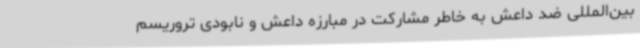
بین‌المللی ضد داعش به خاطر مشارکت در مبارزه داعش و نابودی تروریسم